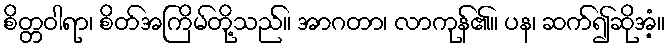
စိတ္တဝါရာ၊ စိတ်အကြိမ်တို့သည်။ အာဂတာ၊ လာကုန်၏။ ပန၊ ဆက်၍ဆိုအံ့။